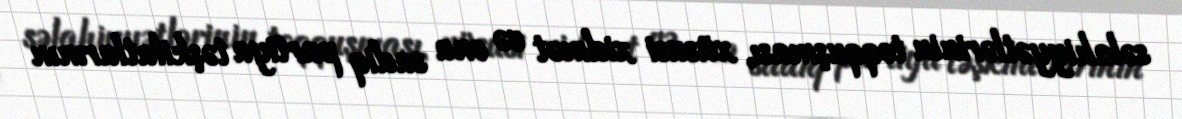
səlahiyyətlərinin toqquşması, xüsusi xidmət və ona sadiq partiya təşkilatlarının